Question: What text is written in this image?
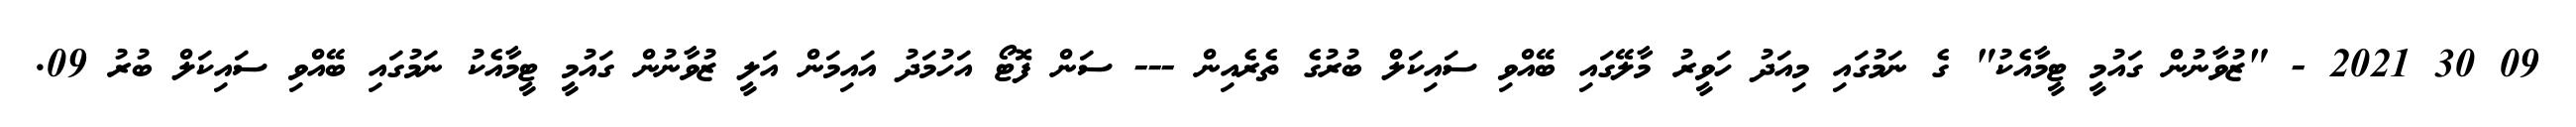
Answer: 09 30 2021 - "ޒުވާނުން ގައުމީ ޓީމާއެކު" ގެ ނަމުގައި މިއަދު ހަވީރު މާލޭގައި ބޭއްވި ސައިކަލް ބުރުގެ ތެރެއިން --- ސަން ފޮޓޯ އަހުމަދު އައިމަން އަލީ ޒުވާނުން ގައުމީ ޓީމާއެކު ނަމުގައި ބޭއްވި ސައިކަލް ބުރު 09.